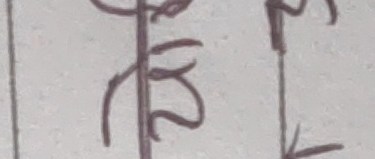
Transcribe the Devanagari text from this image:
झ